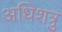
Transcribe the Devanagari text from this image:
अधिशत्रु